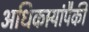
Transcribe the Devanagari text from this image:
अधिकार्‍यांपैकी